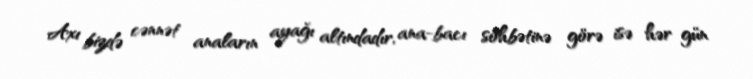
Axı bizdə cənnət anaların ayağı altındadır, ana-bacı söhbətinə görə isə hər gün